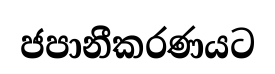
ජපානීකරණයට